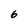
Character: 6